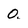
Character: 0